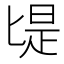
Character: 㔭